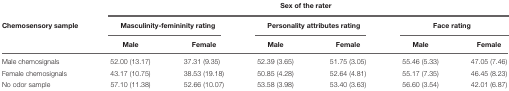
|  | <COLSPAN=6> Sex of the rater |
 | Chemosensory sample | <COLSPAN=2> Masculinity-femininity rating | <COLSPAN=2> Personality attributes rating | <COLSPAN=2> Face rating |
 |  | Male | Female | Male | Female | Male | Female |
 | --- | --- | --- | --- | --- | --- | --- |
 | Male chemosignals | 52.00 (13.17) | 37.31 (9.35) | 52.39 (3.65) | 51.75 (3.05) | 55.46 (5.33) | 47.05 (7.46) |
 | Female chemosignals | 43.17 (10.75) | 38.53 (19.18) | 50.85 (4.28) | 52.64 (4.81) | 55.17 (7.35) | 46.45 (8.23) |
 | No odor sample | 57.10 (11.38) | 52.66 (10.07) | 53.58 (3.98) | 53.40 (3.63) | 56.60 (3.54) | 42.01 (6.87) |